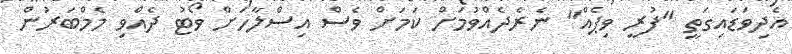
އެދިވަޑައިގަތީ "ފުރީ ވިޕެއް" ނެރެދެއްވުމަށް ކަމަށް ވެސް އިސްލާހަށް ވޯޓު ދެއްވި މެމްބަރުން